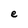
Character: e